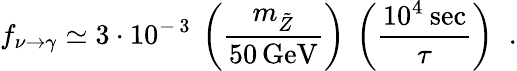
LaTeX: f_{\nu\rightarrow\gamma}\simeq 3\cdot 10^{-\, 3}\: \left(\frac{m_{\tilde{Z}}}{50\, \mathrm{GeV}}\right)\: \left(\frac{10^{4}\: \mathrm{sec}}{\tau}\right)\; \; .